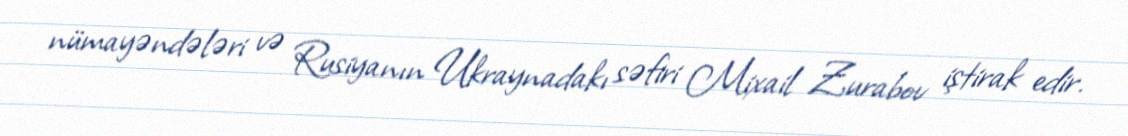
nümayəndələri və Rusiyanın Ukraynadakı səfiri Mixail Zurabov iştirak edir.